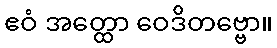
ဧဝံ အတ္ထော ဝေဒိတဗ္ဗော။